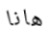
هانا